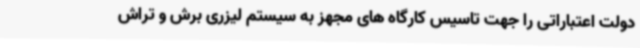
دولت اعتباراتی را جهت تاسیس کارگاه های مجهز به سیستم لیزری برش و تراش